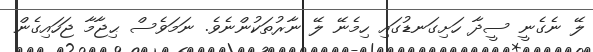
ލޭ ނެގެނީ ސީދާ ހަށިގަނޑުގައި ހިމެނޭ ލޭ ނާރުތަކުންނެވެ. ނަމަވެސް ޙިޖާމާ ޖަހައިގެން